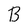
Character: B